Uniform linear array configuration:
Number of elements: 4
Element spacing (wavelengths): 0.75
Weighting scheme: hann
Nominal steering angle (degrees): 60
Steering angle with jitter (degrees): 58.83
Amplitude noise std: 0.05
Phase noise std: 0.05

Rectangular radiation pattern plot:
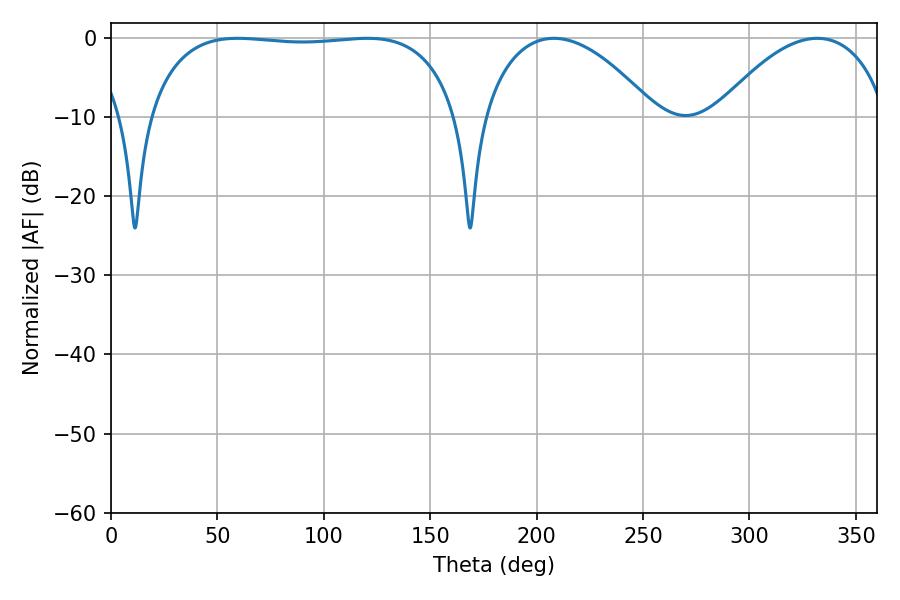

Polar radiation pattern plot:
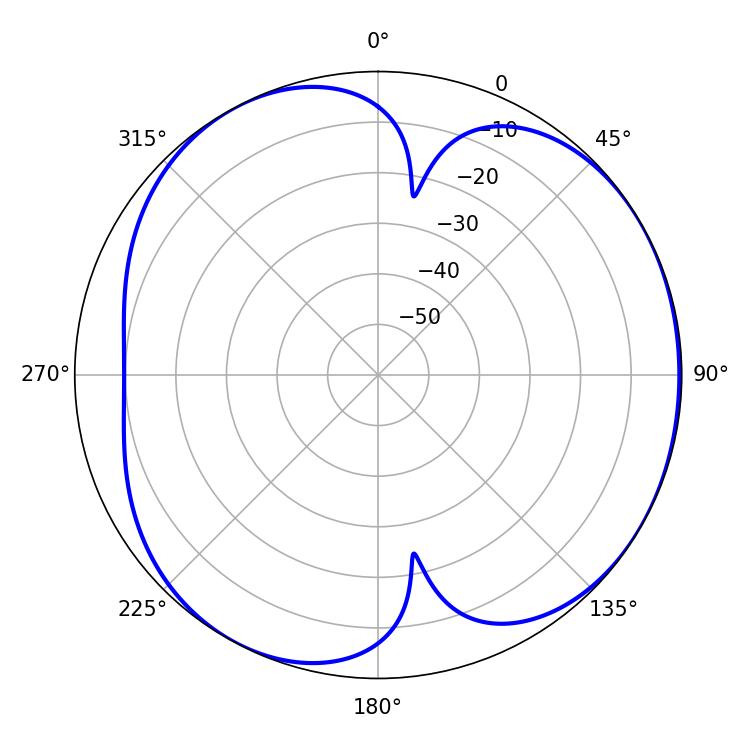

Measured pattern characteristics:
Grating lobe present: TRUE
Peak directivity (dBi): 4.549
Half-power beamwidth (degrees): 115.92
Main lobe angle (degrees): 59.58